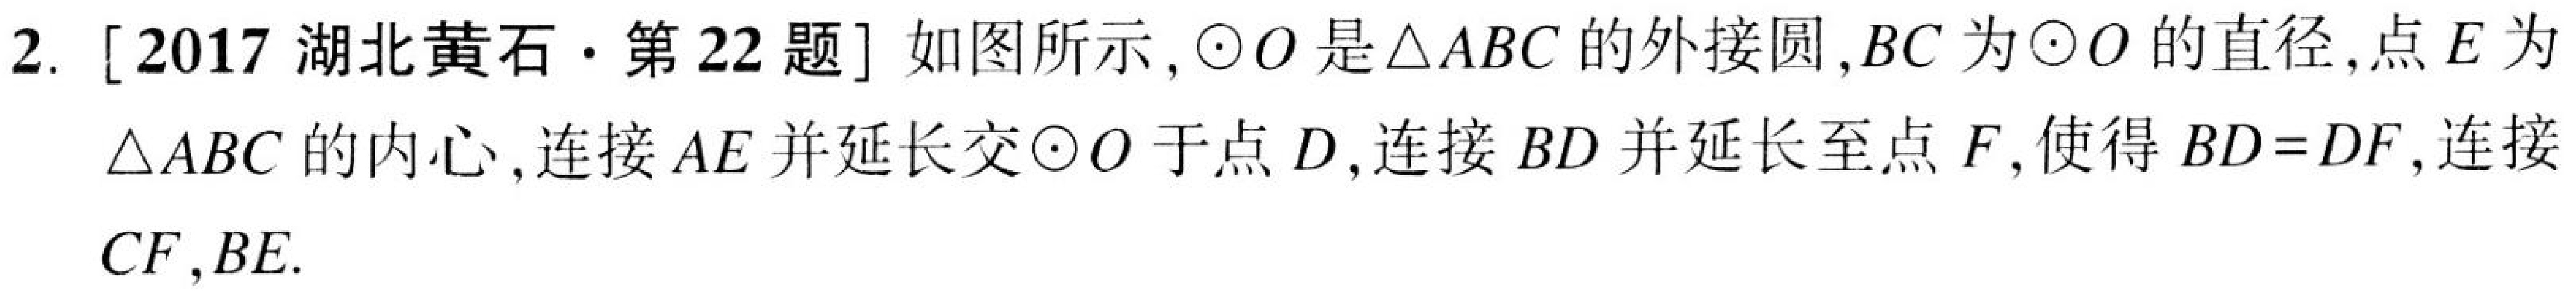
2. [2017湖北黄石·第22题] 如图所示,\(\odot O\)是\(\triangle ABC\)的外接圆,\(BC\)为\(\odot O\)的直径,点\(E\)为
\(\triangle ABC\)的内心,连接\(AE\)并延长交\(\odot O\)于点\(D\),连接\(BD\)并延长至点\(F\),使得\(BD = DF\),连接
\(CF,BE\).